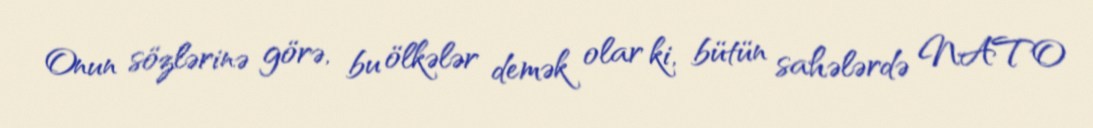
Onun sözlərinə görə, bu ölkələr demək olar ki, bütün sahələrdə NATO